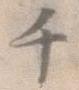
千